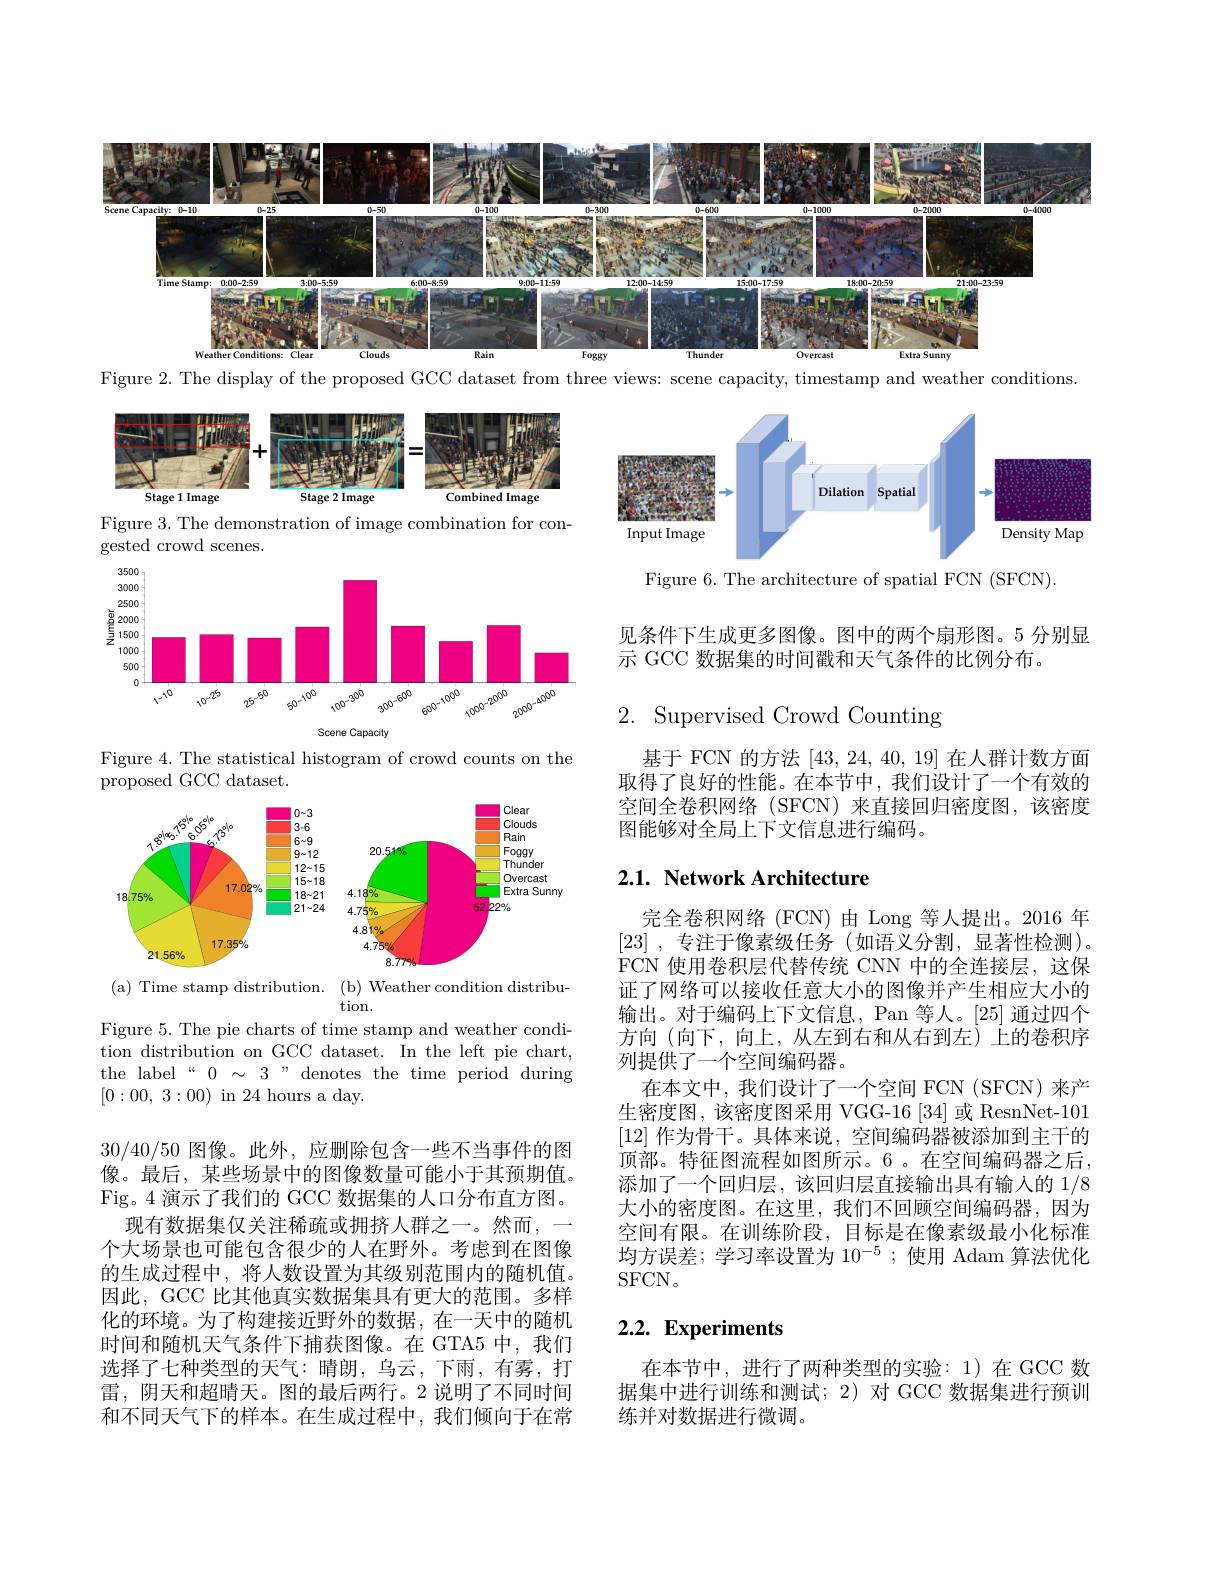
<FigureHere>

Figure 2. The display of the proposed GCC dataset from three views: scene capacity, timestamp and weather conditions

<FigureHere>
Figure 3. The demonstration of image combination for con-

<FigureHere>

gested crowd scenes.

Figure 6. The architecture of spatial FCN (SFCN)

见条件下生成更多图像。图中的两个扇形图。5 分别显
示 GCC 数据集的时间戳和天气条件的比例分布。

<FigureHere>

# 2. Supervised Crowd Counting

Figure 4. The statistical histogram of crowd counts on the
proposed GCC dataset.

基于 FCN 的方法[43,24,40,19]在人群计数方面取得了良好的性能。在本节中，我们设计了一个有效的空间全卷积网络(SFCN)来直接回归密度图，该密度图能够对全局上下文信息进行编码。

# 2.1. Network Architecture

<FigureHere>
(a) Time stamp distribution. (b) Weather condition distribu-

tion.
Figure 5. The pie charts of time stamp and weather condition distribution on GCC dataset. In the left pie chart, the label“0 $\sim3$”denotes the time period during [0:00, 3:00) in 24 hours a day.

完全卷积网络(FCN)由 Long 等人提出。2016 年[23] , 专注于像素级任务(如语义分割，显著性检测)。FCN 使用卷积层代替传统 CNN 中的全连接层，这保证了网络可以接收任意大小的图像并产生相应大小的输出。对于编码上下文信息，Pan 等人。[25] 通过四个方向 (向下，向上，从左到右和从右到左)上的卷积序列提供了一个空间编码器。
在本文中，我们设计了一个空间 FCN(SFCN)来产生密度图，该密度图采用 VGG-16[34]或 ResnNet-101 [12]作为骨干。具体来说，空间编码器被添加到主干的顶部。特征图流程如图所示。6 。在空间编码器之后， 添加了一个回归层，该回归层直接输出具有输入的 1/8大小的密度图。在这里，我们不回顾空间编码器，因为空间有限。在训练阶段，目标是在像素级最小化标准均方误差；学习率设置为 1$0^{-5}$ ;使用 Adam 算法优化SFCN。

30/40/50图像。此外，应删除包含一些不当事件的图像。最后，某些场景中的图像数量可能小于其预期值。Fig。4 演示了我们的 GCC 数据集的人口分布直方图。
现有数据集仅关注稀疏或拥挤人群之一。然而，一个大场景也可能包含很少的人在野外。考虑到在图像的生成过程中，将人数设置为其级别范围内的随机值。因此，GCC 比其他真实数据集具有更大的范围。多样化的环境。为了构建接近野外的数据，在一天中的随机时间和随机天气条件下捕获图像。在 GTA5 中，我们选择了七种类型的天气：晴朗，乌云，下雨，有雾，打雷，阴天和超晴天。图的最后两行。2 说明了不同时间和不同天气下的样本。在生成过程中，我们倾向于在常

# 2.2. Experiments

在本节中，进行了两种类型的实验：1)在 GCC 数据集中进行训练和测试；2)对 GCC 数据集进行预训练并对数据进行微调。